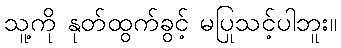
သူ့ကို နုတ်ထွက်ခွင့် မပြုသင့်ပါဘူး။